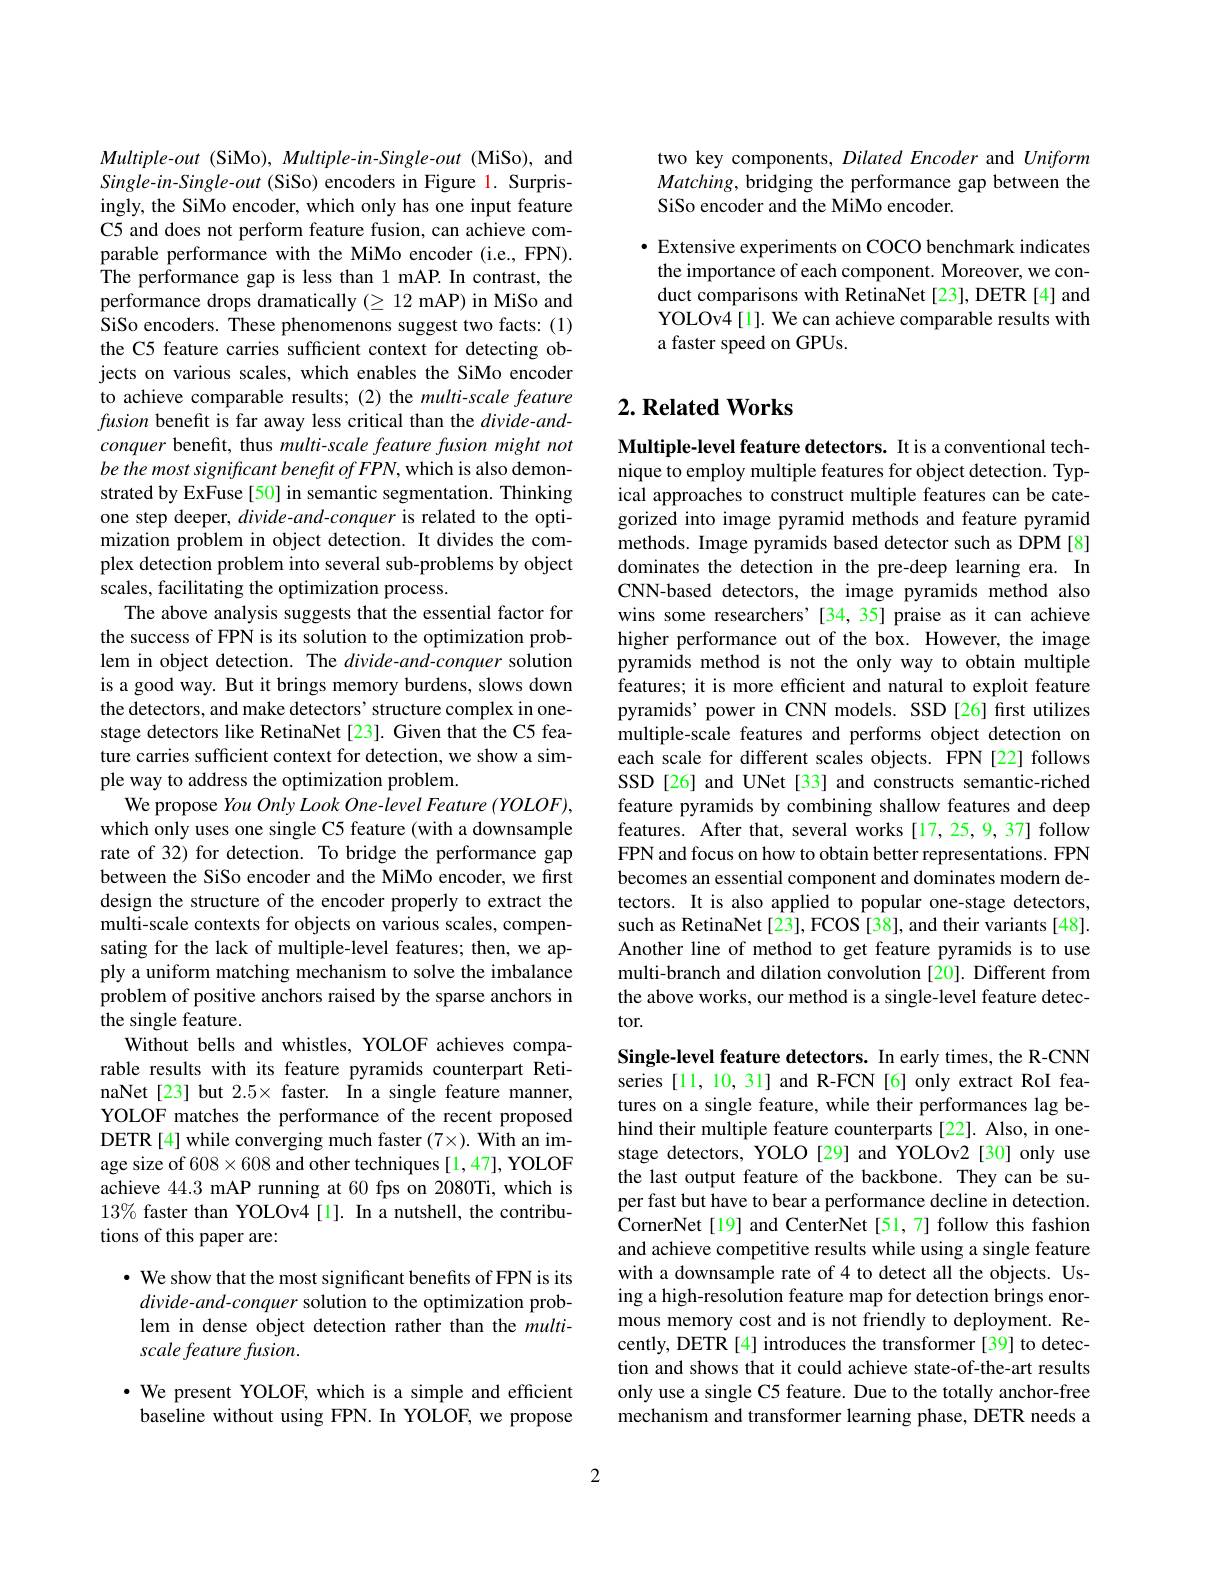
Multiple-out (SiMo), Multiple-in-Single-out (MiSo), and Single-in-Single-out (SiSo) encoders in Figure 1. Surprisingly, the SiMo encoder, which only has one input feature C5 and does not perform feature fusion, can achieve comparable performance with the MiMo encoder (i.e., FPN). The performance gap is less than 1 mAP. In contrast, the performance drops dramatically (\geq 12 mAP) in MiSo and SiSo encoders. These phenomenons suggest two facts: (1) the C5 feature carries sufficient context for detecting objects on various scales, which enables the SiMo encoder to achieve comparable results; (2) the multi-scale feature fusion benefit is far away less critical than the divide-andconquer benefit, thus multi-scale feature fusion might not be the most significant benefit of FPN, which is also demonstrated by ExFuse[50] in semantic segmentation. Thinking one step deeper, divide-and-conquer is related to the optimization problem in object detection. It divides the complex detection problem into several sub-problems by object scales, facilitating the optimization process.
The above analysis suggests that the essential factorfor the success of FPN is its solution to the optimization problem in object detection. The divide-and-conquer solution is a good way. But it brings memory burdens, slows down the detectors, and make detectors' structure complex in onestage detectors like RetinaNet[23]. Given that the C5 feature carries sufficient context for detection, we show a simple way to address the optimization problem.
We propose You Only Look One-level Feature (YOLOF), which only uses one single C5 feature (with a downsample rate of 32) for detection. To bridge the performance gap between the SiSo encoder and the MiMo encoder, we first design the structure of the encoder properly to extract the multi-scale contexts for objects on various scales, compensating for the lack of multiple-level features; then, we apply a uniform matching mechanism to solve the imbalance problem of positive anchors raised by the sparse anchors in the single feature.
Without bells and whistles, YOLOF achieves comparable results with its feature pyramids counterpart RetinaNet[23] but $2.5\times$ faster. In a single feature manner, YOLOF matches the performance of the recent proposed DETR[4] while converging much faster $(7\times).$ With an image size of 608$\times608$ and other techniques[1,47], YOLOF achieve 44.3 mAP running at 60 fps on 2080Ti, which is $13\%$ faster than YOLOv4[1]. In a nutshell, the contributions of this paper are:
· We show that the most significant benefits of FPN is its

divide-and-conquer solution to the optimization problem in dense object detection rather than the multiscale feature fusion.

$\cdot$ We present YOLOF, which is a simple and efficient baseline without using FPN. In YOLOF, we propose

two key components, Dilated Encoder and Uniform Matching, bridging the performance gap between the SiSo encoder and the MiMo encoder.

· Extensive experiments on COCO benchmark indicates
the importance of each component. Moreover, we conduct comparisons with RetinaNet [23], DETR [4] and YOLOv4[1]. We can achieve comparable results with a faster speed on GPUs.

## $2. \textbf{Related Works}$

Multiple-level feature detectors. It is a conventional technique to employ multiple features for object detection. Typical approaches to construct multiple features can be categorized into image pyramid methods and feature pyramid methods. Image pyramids based detector such as DPM[8] dominates the detection in the pre-deep learning era. In CNN-based detectors, the image pyramids method also wins some researchers'[34,35] praise as it can achieve higher performance out of the box. However, the image pyramids method is not the only way to obtain multiple features; it is more efficient and natural to exploit feature pyramids’ power in CNN models. SSD[26] first utilizes multiple-scale features and performs object detection on each scale for different scales objects. FPN [22] follows SSD[26] and UNet [33] and constructs semantic-riched feature pyramids by combining shallow features and deep features. After that, several works [17, 25, 9, 37] follow FPN and focus on how to obtain better representations. FPN becomes an essential component and dominates modern detectors. It is also applied to popular one-stage detectors, such as RetinaNet [23], FCOS [38], and their variants [48]. Another line of method to get feature pyramids is to use multi-branch and dilation convolution [20]. Different from the above works, our method is a single-level feature detector.

Single-level feature detectors. In early times, the R-CNN series [11, 10, 31] and R-FCN [6] only extract RoI features on a single feature, while their performances lag behind their multiple feature counterparts [22]. Also, in onestage detectors, YOLO [29] and YOLOv2 [30] only use the last output feature of the backbone. They can be super fast but have to bear a performance decline in detection. CornerNet[19] and CenterNet[51,7] follow this fashion and achieve competitive results while using a single feature with a downsample rate of 4 to detect all the objects. Using a high-resolution feature map for detection brings enormous memory cost and is not friendly to deployment. Recently, DETR [4] introduces the transformer [39] to detection and shows that it could achieve state-of-the-art results only use a single C5 feature. Due to the totally anchor-free mechanism and transformer learning phase, DETR needs a

2